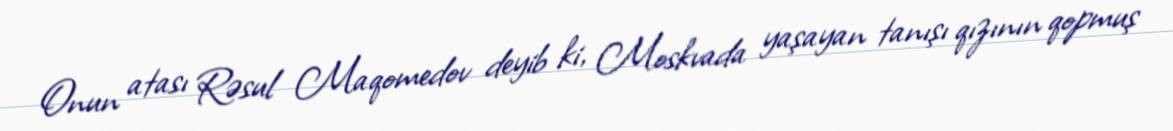
Onun atası Rəsul Maqomedov deyib ki, Moskvada yaşayan tanışı qızının qopmuş